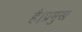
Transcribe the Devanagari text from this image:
है।प्रमुख